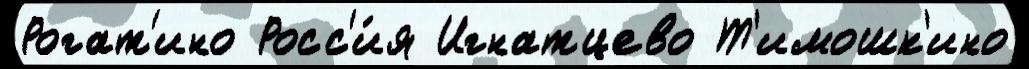
Рогат'ино Росс'и́я Игнатцево Т'имошк'ино